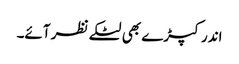
اندر کپڑے بھی لٹکے نظر آئے۔